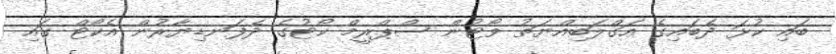
ބައި ކުޅަ ދެބައިގެ އަގްލަބިއްޔަތު ވޯޓުން ސްޕްރީމް ކޯޓުގެ ދެފަނޑިޔާރުން އެކޯޓް ގައި